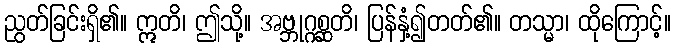
ညွတ်ခြင်းရှိ၏။ ဣတိ၊ ဤသို့။ အဗ္ဘုဂ္ဂစ္ဆတိ၊ ပြန်နှံ့၍တတ်၏။ တသ္မာ၊ ထိုကြောင့်။